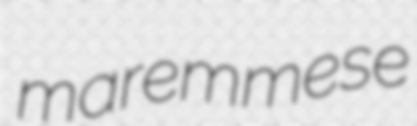
maremmese